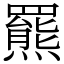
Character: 羆